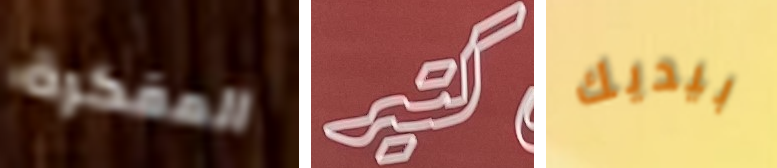
المفكرة كتير بيديك